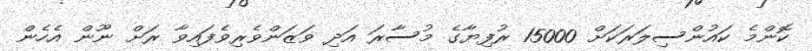
ކޮންމެ ކައުންސިލަރަކަށް 15000 ރުފިޔާގެ މުސާރަ އަދި ވަޒަންވެރިވެފައިވާ ރަށް ނޫން އެހެން